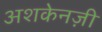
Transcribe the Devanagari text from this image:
अशकेनज़ी